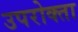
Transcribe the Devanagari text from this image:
उपरोक्ता